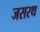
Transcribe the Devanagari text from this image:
जसरथ